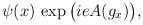
\begin{align*} \psi(x) \, \exp{\big( ie A(g_x) \big)},\end{align*}